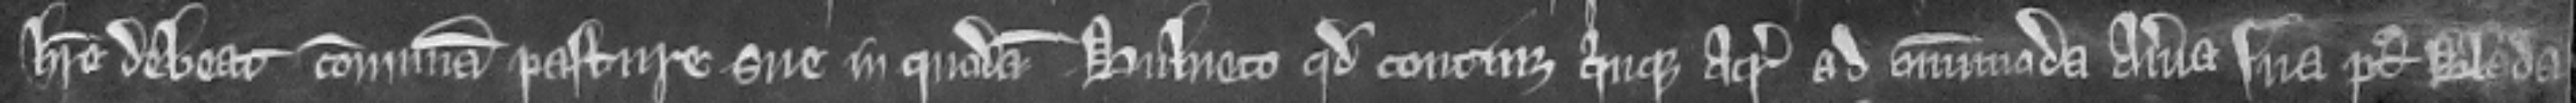
habere debeat communam pasture sue in quodam bulneto quod continet quinque acras ad omnimoda averia sua post Blada